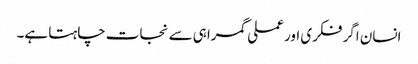
انسان اگر فکری اور عملی گمراہی سے نجات چاہتا ہے۔